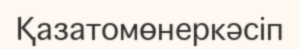
Қазатомөнеркәсіп